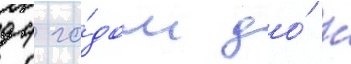
94 го́дом до́ н